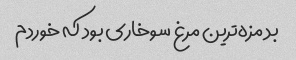
بد مزه‌ترین مرغ سوخاری بود که خوردم